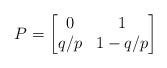
LaTeX: \begin{align*}P = \begin{bmatrix}0&1\\q/p&1-q/p\end{bmatrix}\end{align*}